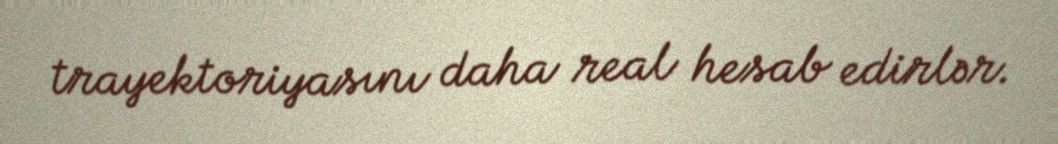
trayektoriyasını daha real hesab edirlər.